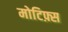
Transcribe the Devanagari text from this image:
मोटिफ़्स